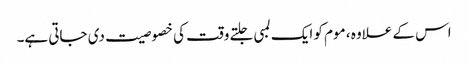
اس کے علاوہ ، موم کو ایک لمبی جلتے وقت کی خصوصیت دی جاتی ہے۔